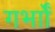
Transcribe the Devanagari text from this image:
गर्भाों